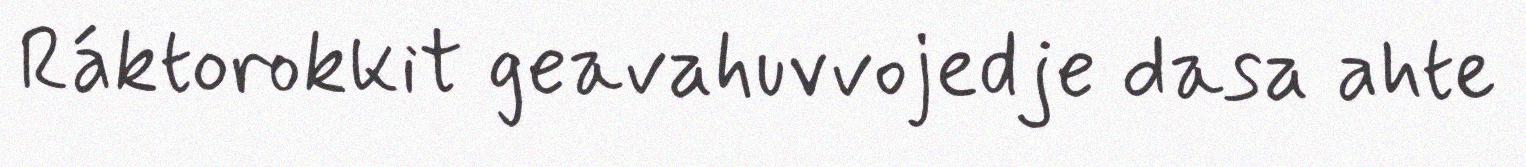
Ráktorokkit geavahuvvojedje dasa ahte